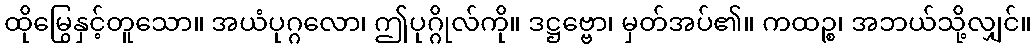
ထိုမြွေနှင့်တူသော။ အယံပုဂ္ဂလော၊ ဤပုဂ္ဂိုလ်ကို။ ဒဋ္ဌဗ္ဗော၊ မှတ်အပ်၏။ ကထဉ္စ၊ အဘယ်သို့လျှင်။